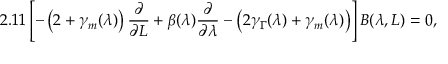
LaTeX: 2 . 1 1 \left[ - \left( 2 + \gamma _ { m } ( \lambda ) \right) \frac { \partial } { \partial L } + \beta ( \lambda ) \frac { \partial } { \partial \lambda } - \left( 2 \gamma _ { \Gamma } ( \lambda ) + \gamma _ { m } ( \lambda ) \right) \right] B ( \lambda , L ) = 0 ,